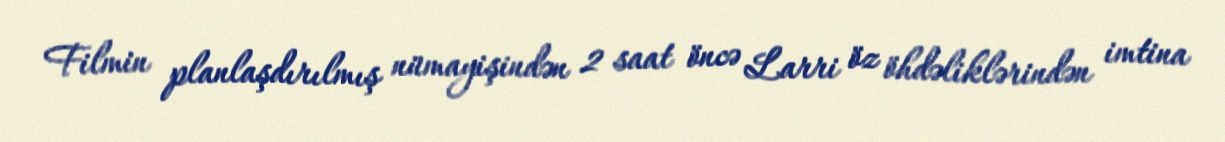
Filmin planlaşdırılmış nümayişindən 2 saat öncə Larri öz öhdəliklərindən imtina